talulepingud_et, lk 11
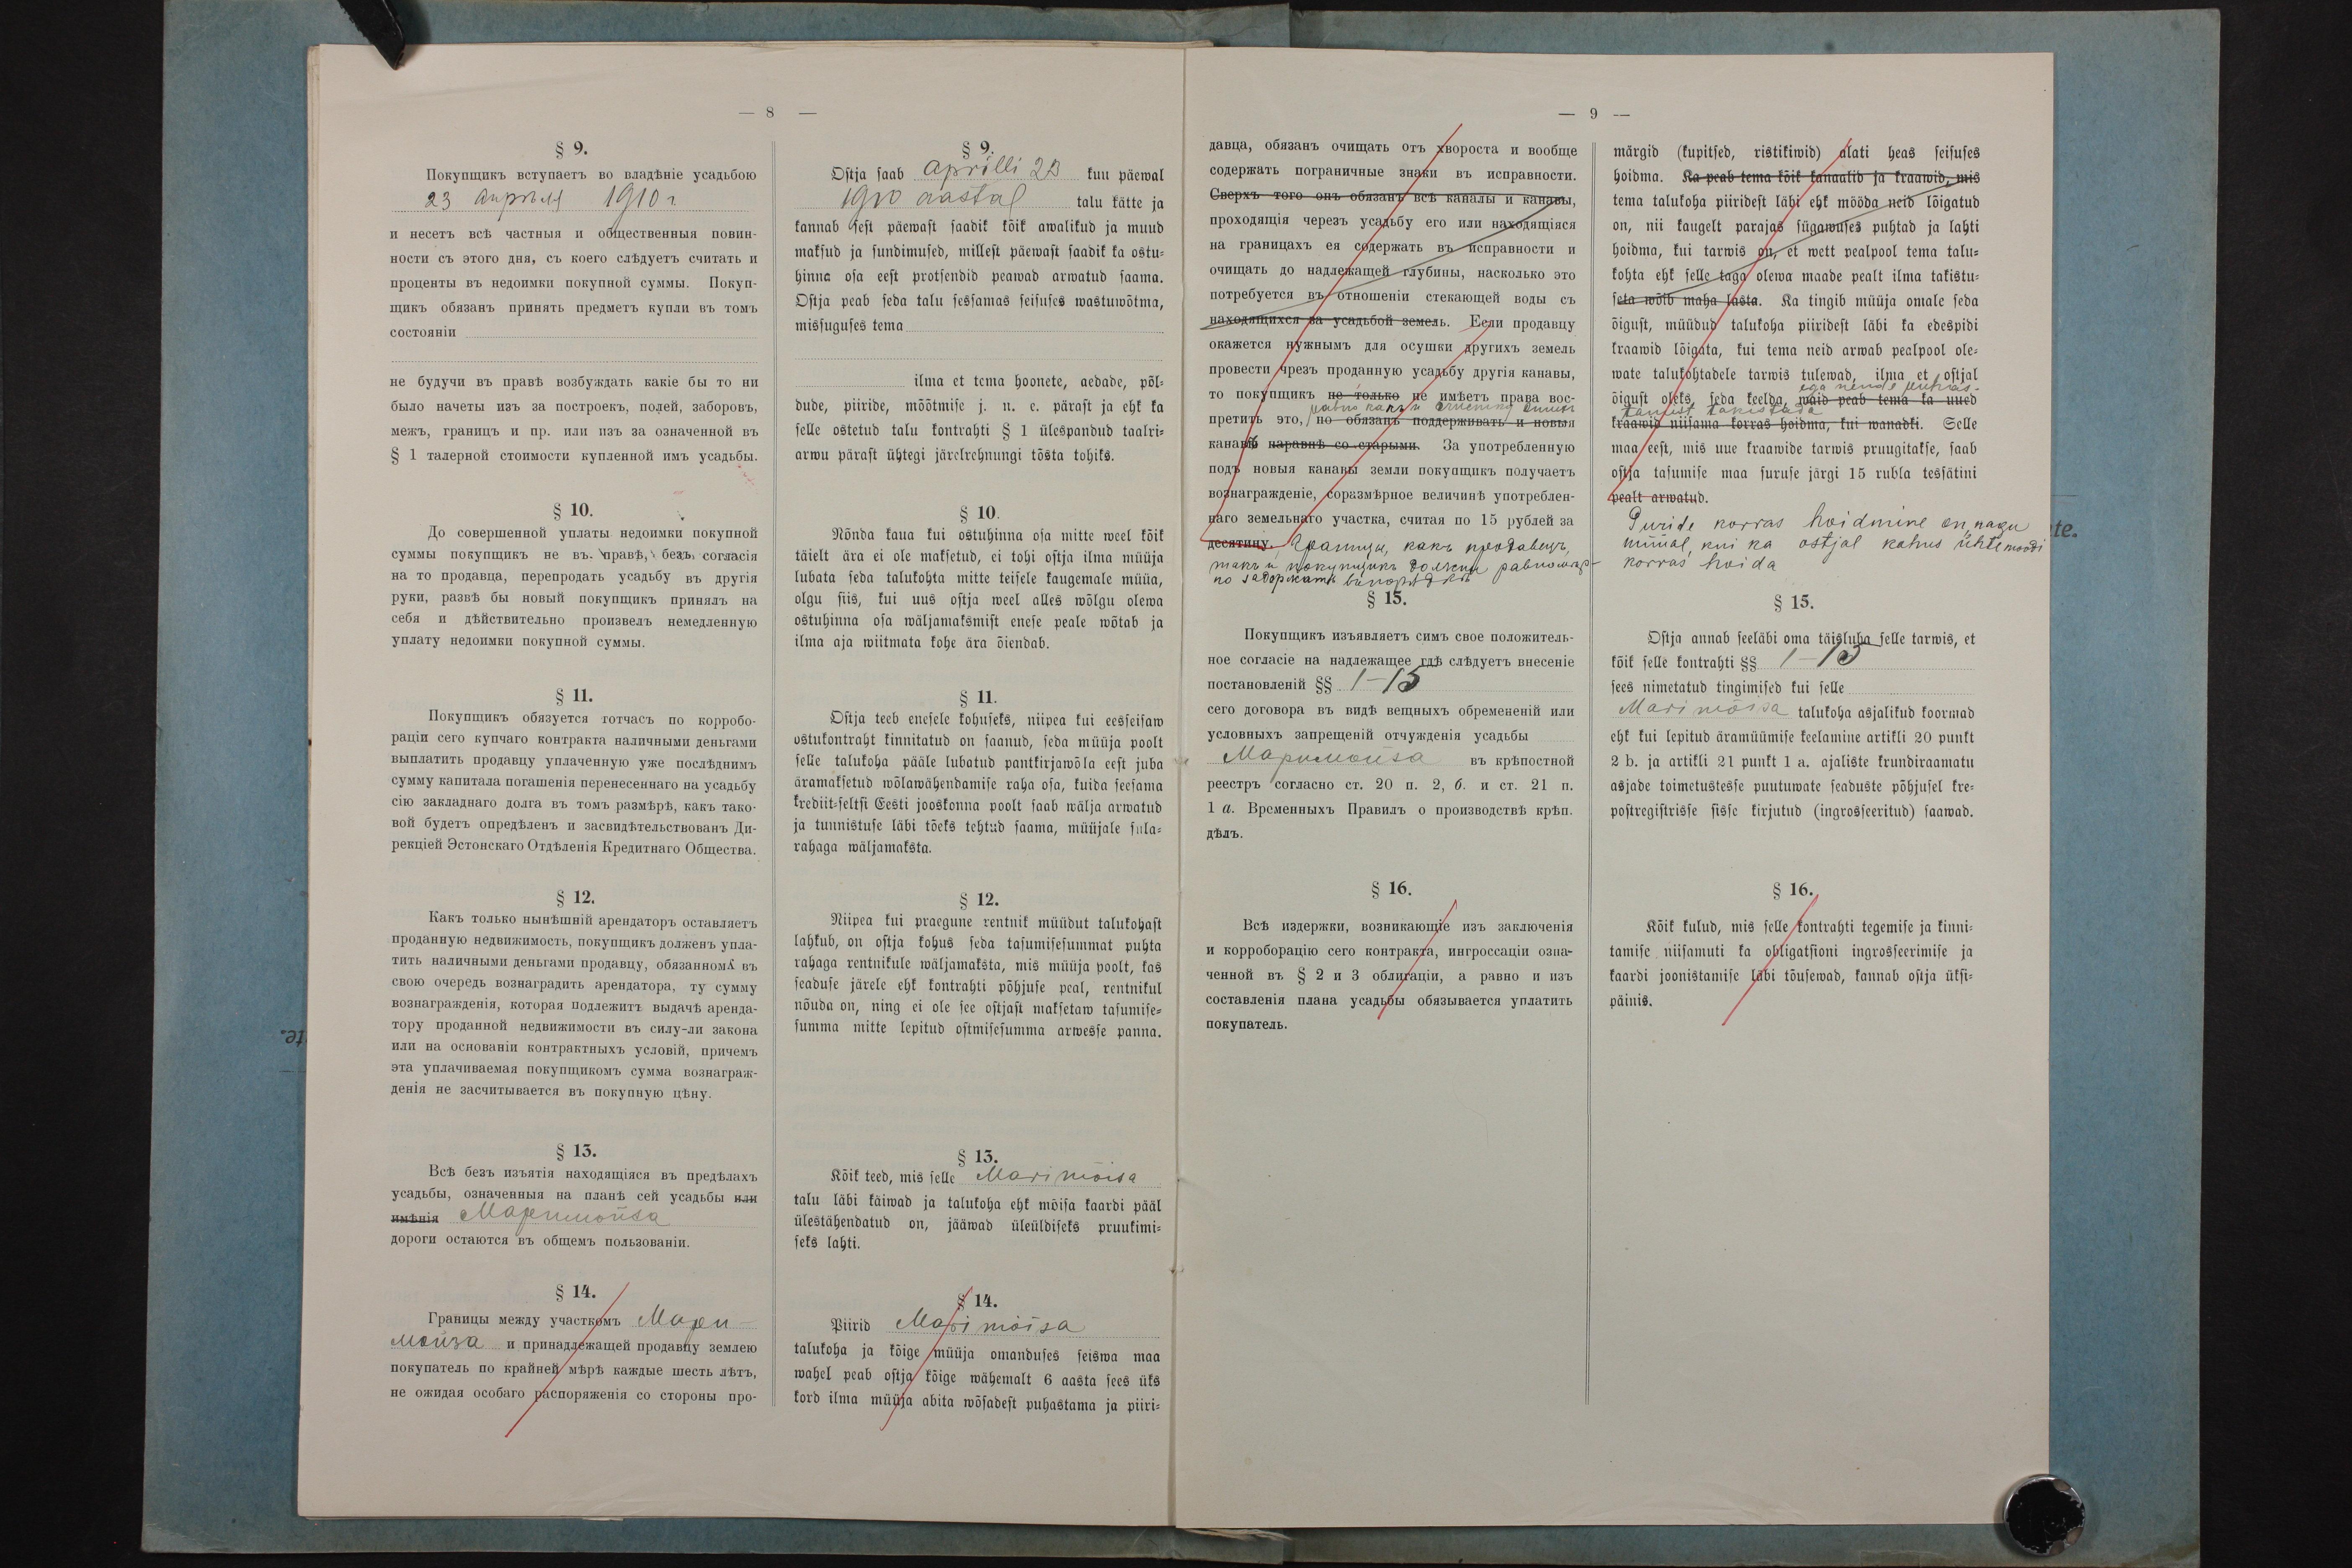
§ 9.
Ostja saab Aprilli 23 kuu päewal
1910 aastal talu kätte ja
kannab sest päewast saadik kõik awalikud ja muud
maksud ja sundimused, millest päewasat saadik ka ostu-
hinna osa eest protsendid peawad arwatud saama.
Ostja peab seda talu sessamas seisuses wastusõtma,
missuguses tema
ilma et tema hoonete, aedade, põl-
dude, piiride, mõõtmise j.n.e. pärast ja ehk ka
selle ostetud talu kontrahti § 1 ülespandud taalri-
arwu pärast ühtegi järelrehnungi tõsta tohiks.
§ 10.
Nõnda kaua kui ostuhinna osa mitte weel kõik
täielikult ära ei ole maksetud, ei tohi ostja ilma müüja
lubata seda talukohta mitte teisele kaugemale müüa,
olgu siis, kui uus ostja weel alles wõlgu olewa
ostuhinna osa wäljamaksmist enese peale wõtab ja
ilma aja wiitmata kohe ära õiendab.
§ 11.
Ostja teeb enesele kohuseks, niipea kui eesseisaw
ostukontraht kinnitatud on saanud, seda müüja poolt
selle talukoha pääle lubatud pantkirjawõla eest juba
äramaksetud wõlawähendamise raha osa, kuida seesama
krediit-seltsi Eesti jooskonna poolt saab wälja arwatud
ja tunnistuse läbi tõeks tehtud saama, müüjale sula-
rahaga wäljamaksta.
§ 12.
Niipea kui praegune rentnik müüdut talukohast
lahkub, on ostja kohus seda tasumisesummat puhta
rahaga rentnikule wäljamaksta, mis müüja poolt, kas
seaduse järele ehk kontrahti põhjuse peal, rentnikul
nõuda on, ning ei ole see ostjast maksetaw tasumise-
summa mitte lepitud ostmisesumma arwesse panna.
§ 13.
Kõik teed, mis selle Marimõisa
talu läbi käiwad ja talukoha ehk mõisa kaardi pääl
ülestähendatud on, jääwad üleüldiseks pruukimi-
seks lahti.
§ 14.
Piirid Marimõisa
talukoha ja kõige müüja omanduses seiswa maa
wahel peab ostja kõige wähemalt 6 aasta sees üks
kord ilma müüja abita wõsadest puhastama ja piiri-

märgid (kupitsed, ristikiwid) alati heas seisuses
hoidma. Ka peab tema kõik kanaalid ja kraawid, mis
tema talukoha piiridest läbi ehk mööda neid lõigatud
on, nii kaugelt parajas sügawuses puhtad ja lahti
hoidma, kui tarwis on, et wett pealpool tema talu-
kohta ehk selle taga olewa maade pealt ilma takistu-
seta wõib maha lasta. Ka tingib müüja omale seda
õigust, müüdud talukoha piiridest läbi ka edespidi
kraawid lõigata, kui tema neid arwab pealpool ole-
wate talukohtadele tarwis tulewad, ilma et ostjal
ega nende puhas-
õigust oleks, seda keelda, waid peab tema ka uued
tamist takistada
kraawid niisama korras hoidma, kui wanadki. Selle
maa eest, mis uue kraawide tarwis pruugitakse, saab
ostja tasumise maa suruse järgi 15 rubla tessätini
pealt arwatud.
Puride korras hoidmine on nagu
müüal, kui ka ostjal kohus ühtemoodi
korras hoida
§ 15.
Ostja annab seeläbi oma täisluba selle tarwis, et
kõik selle kontrahti §§ 1-15
sees nimetatud tingimised kui selle
Marimõisa talukoha asjalikud koormad
ehk kui lepitud äramüümise keelamine artikli 20 punkt
2b. ja artikli 21 punkt 1a. ajaliste krundiraamatu
asjade toimetustesse puutuwate seaduste põhjusel kre-
postregistrisse sisse kirjutatud (ingrosseeritud) saawad.
§ 16.
Kõik kulud, mis selle kontrahti tegemise ja kinni-
tamise niisamuti ka obligatsioni ingrosseerimise ja
kaardi joonistamise läbi tõusewad, kannab ostja üksi-
päinis.